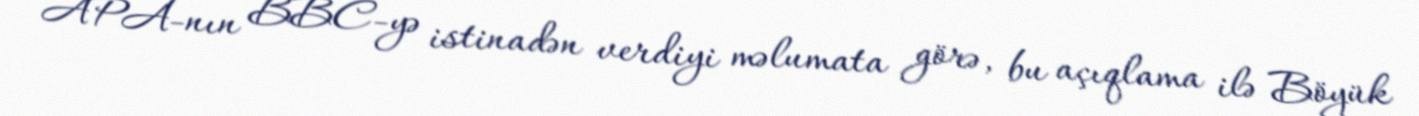
APA-nın BBC-yə istinadən verdiyi məlumata görə, bu açıqlama ilə Böyük